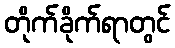
တိုက်ခိုက်ရာတွင်